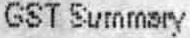
GST SUMMARY